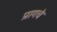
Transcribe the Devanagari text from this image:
प्रागचे